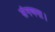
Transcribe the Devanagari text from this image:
संगणना।